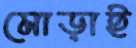
মোড়াই